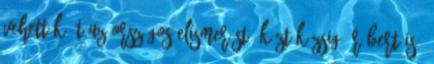
vehették át az országos elismerést: köztük Zsigó Róbert is.